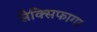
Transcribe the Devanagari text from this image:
सैक्सिफागा